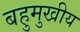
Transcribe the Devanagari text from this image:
बहुमुखीय